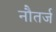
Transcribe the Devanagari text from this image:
नौतर्ज